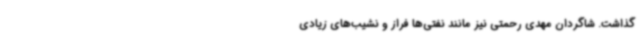
گذاشت. شاگردان مهدی رحمتی نیز مانند نفتی‌ها فراز و نشیب‌های زیادی